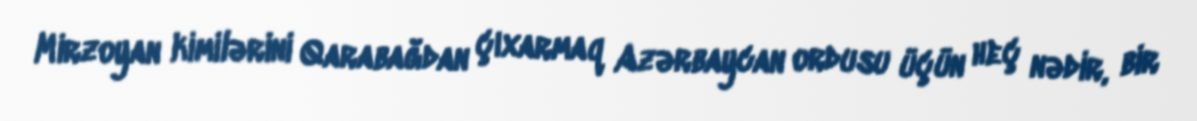
Mirzoyan kimilərini Qarabağdan çıxarmaq Azərbaycan ordusu üçün heç nədir, bir